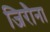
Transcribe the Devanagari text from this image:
जिरौना